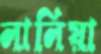
লালিয়া